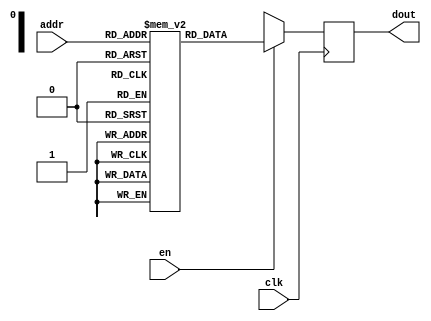
module ROM(
input clk,
input [3:0] addr,
input en,
output [4:0] dout);


reg [4:0] rom [15:0];
reg [4:0] dout;

always@(posedge clk)
begin
	if(en)
		dout<= rom[addr];
	else
		dout<=5'bxxxx;
end

endmodule